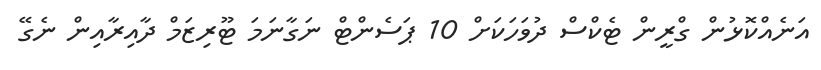
އަނެއްކޮޅުން ގްރީން ޓެކްސް ދުވަހަކަށް 10 ޕަސެންޓް ނަގާނަމަ ޓޫރިޒަމް ދާއިރާއިން ނެގޭ